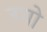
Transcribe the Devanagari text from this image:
उगो